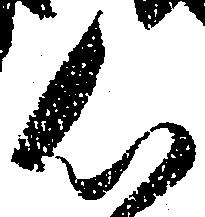
心